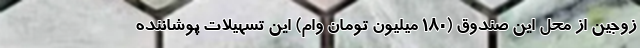
زوجین از محل این صندوق (۱۸۰ میلیون تومان وام) این تسهیلات پوشاننده